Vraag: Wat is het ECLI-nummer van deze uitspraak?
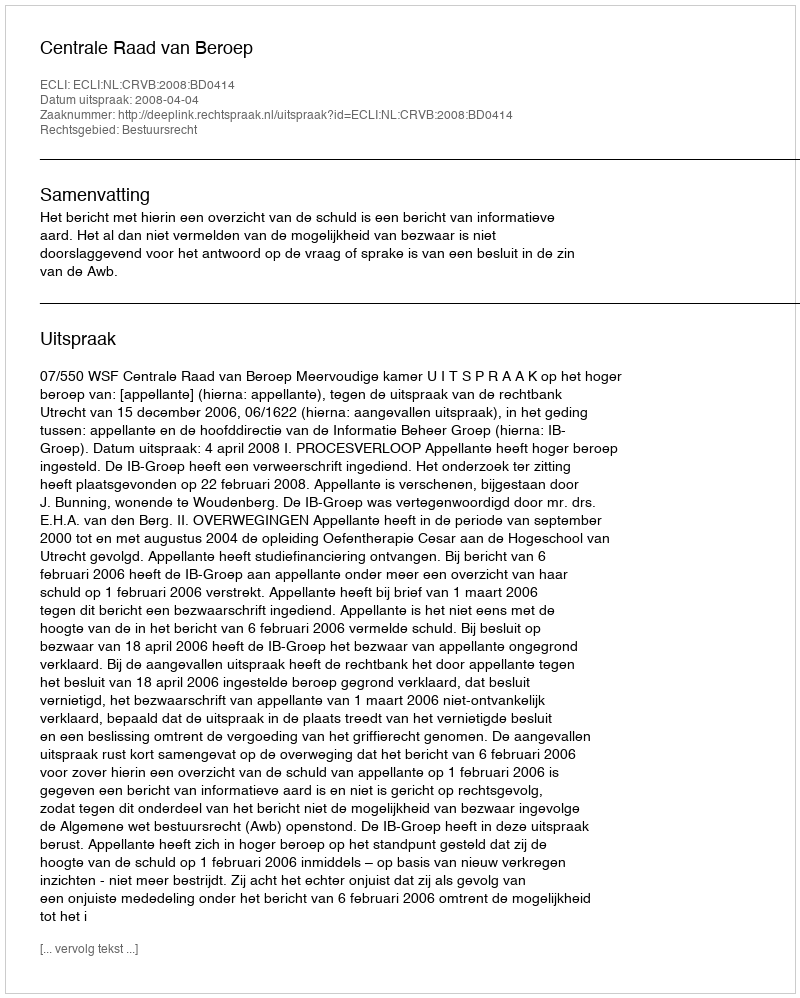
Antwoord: ECLI:NL:CRVB:2008:BD0414